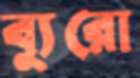
ব্যুরো